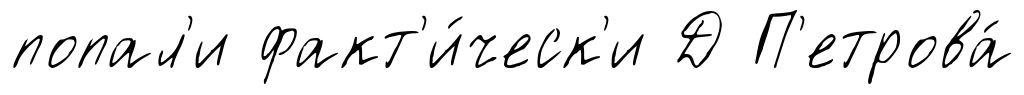
попал'и факт'и́ческ'и Д П'етрова́